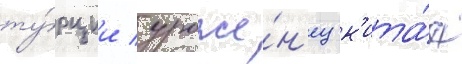
ту́рции / уроже́н'ец к'ита́я